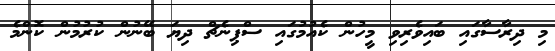
މި ދިރާސާގައި ބައިވެރިވި މީހުން ކެއުމުގައި ސްޕިނެޗް ދިޔަ ބޭނުން ކުރުމުން ކޮންމެ